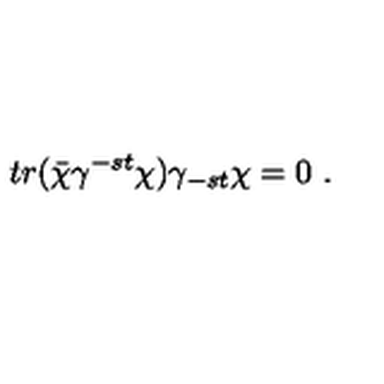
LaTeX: t r ( \bar { \chi } \gamma ^ { - s t } \chi ) \gamma _ { - s t } \chi = 0 \ .